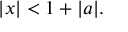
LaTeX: | x | < 1 + | a | .